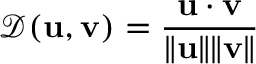
{ \mathcal { D } } ( \mathbf { u } , \mathbf { v } ) = { \frac { \mathbf { u } \cdot \mathbf { v } } { \| \mathbf { u } \| \| \mathbf { v } \| } }